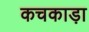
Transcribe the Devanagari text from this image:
कचकाड़ा